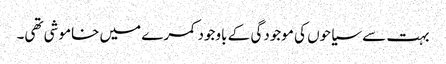
بہت سے سیاحوں کی موجودگی کے باوجود کمرے میں خاموشی تھی۔